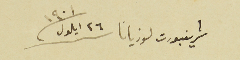
شريفبورت لوزيانا ٢٦ ايلول /١٩٠١